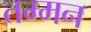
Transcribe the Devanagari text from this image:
तम्मन